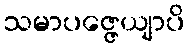
သမာပဇ္ဇေယျာပိ